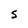
Character: S